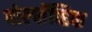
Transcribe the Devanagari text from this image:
बोल्शॅव्हिक